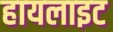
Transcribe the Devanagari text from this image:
हायलाइट